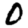
Digit: 0